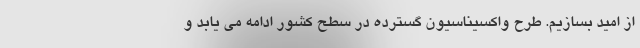
از امید بسازیم. طرح واکسیناسیون گسترده در سطح کشور ادامه می یابد و